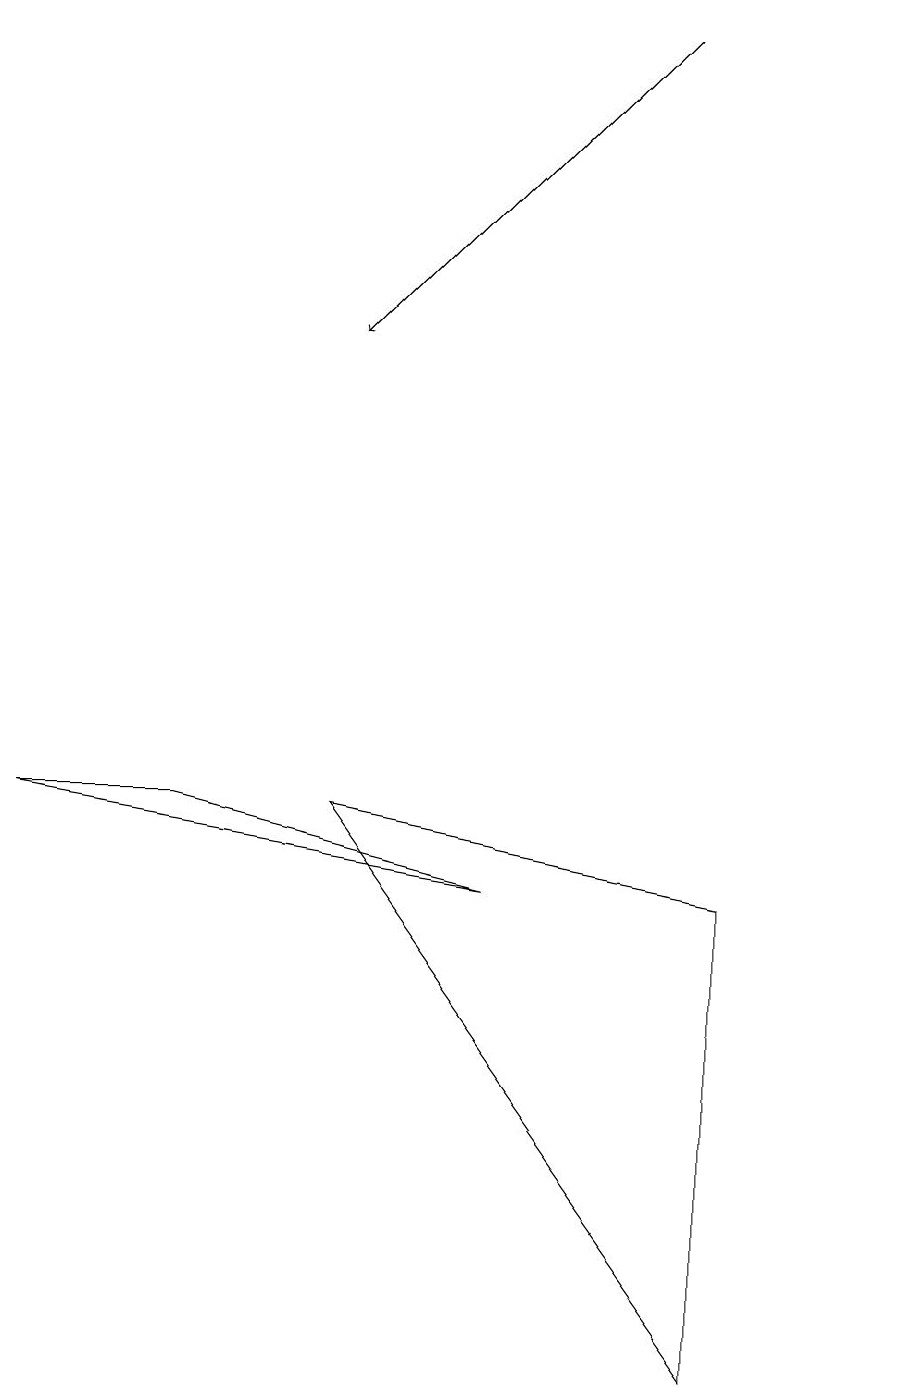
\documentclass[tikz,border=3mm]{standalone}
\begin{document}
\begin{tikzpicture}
\draw[->] (8,19) -- (4,15);
\draw (6,8) -- (0,9) -- (2,9) -- cycle;
\draw (9,8) -- (4,9) -- (9,2) -- cycle;
\draw (11,10) circle (0);
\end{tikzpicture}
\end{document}